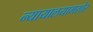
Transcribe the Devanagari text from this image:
न्यायालयामसोर